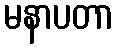
မနာပတာ